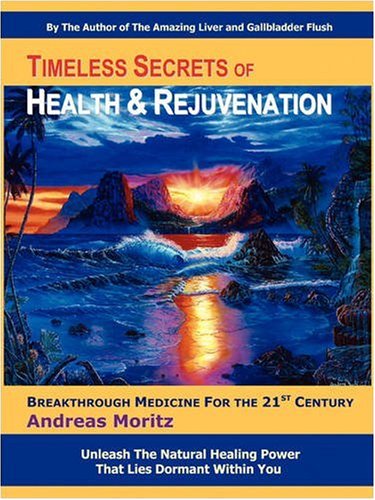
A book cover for Timeless Secrets of Health and Rejuvenation, 4th Edition; Andreas Moritz; Health, Fitness & Dieting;